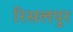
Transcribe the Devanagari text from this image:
रिसलपुर